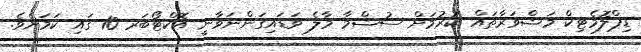
ޑިޕްލޮމެޓިކް މަޝްވަރާތައް ކުރުމަށް ސުޝްމާ މާލެ ވަޑައިގަންނަވާނީ އޮކްޓޯބަރ 10 ގައި ކަމަށެވެ.